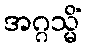
အဂ္ဂသ္မိံ